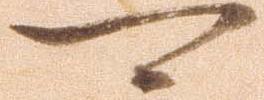
可